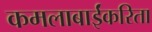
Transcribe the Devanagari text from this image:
कमलाबाईंकरिता